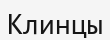
Клинцы